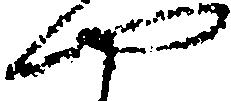
や